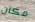
مكان